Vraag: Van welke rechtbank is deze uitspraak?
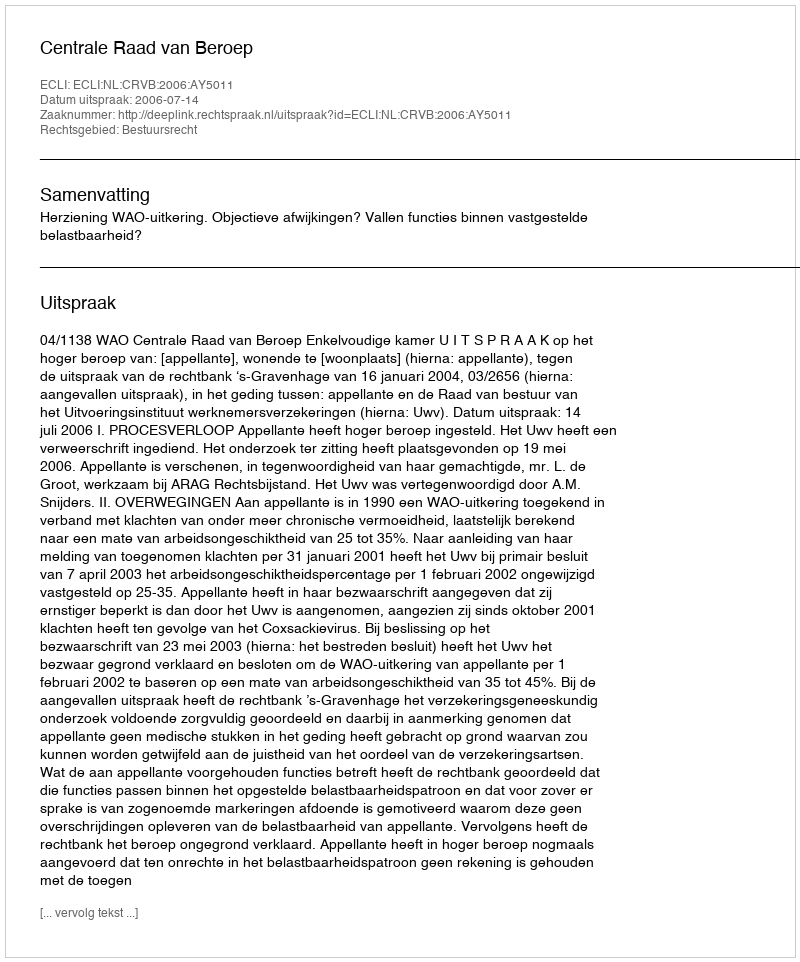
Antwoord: Centrale Raad van Beroep